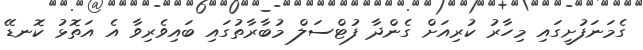
ގެމަނަފުށީގައި މިހާރު ކުރިއަށް ގެންދާ ފުޓްސަލް މުބާރާތުގައި ބައިވެރިވާ އެ އަތޮޅު ކޮނޑޭ